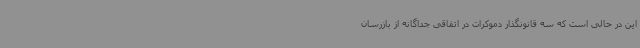
این در حالی است که سه قانونگذار دموکرات در اتفاقی جداگانه از بازرسان